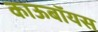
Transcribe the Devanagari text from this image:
काऊबॉयस